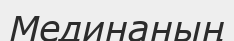
Мединаның